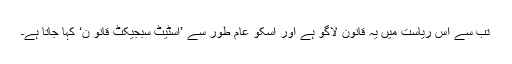
تب سے اس ریاست میں یہ قانون لاگو ہے اور اسکو عام طور سے ’اسٹیٹ سبجیکٹ قانو ن‘ کہا جاتا ہے۔